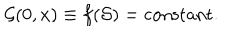
LaTeX: { \cal G } ( 0 , x ) \equiv f ( { \cal S } ) = \mathrm { c o n s t a n t } .